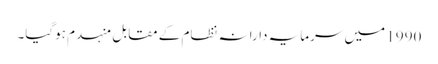
1990 میں سرمایہ دارانہ نظام کے مقابل منہدم ہوگیا۔